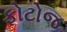
ફોટોજ